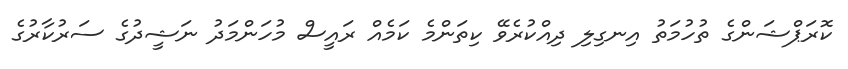
ކޮރަޕްޝަންގެ ތުހުމަތު އިނގިލި ދިއްކުރެވޭ ކިތަންމެ ކަމެއް ރައީސް މުހަންމަދު ނަޝީދުގެ ސަރުކާރުގެ